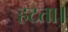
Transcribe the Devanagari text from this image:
हटता।